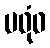
မဓုံဝ